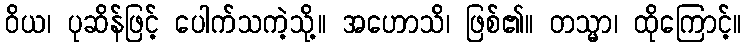
ဝိယ၊ ပုဆိန်ဖြင့် ပေါက်သကဲ့သို့။ အဟောသိ၊ ဖြစ်၏။ တသ္မာ၊ ထိုကြောင့်။